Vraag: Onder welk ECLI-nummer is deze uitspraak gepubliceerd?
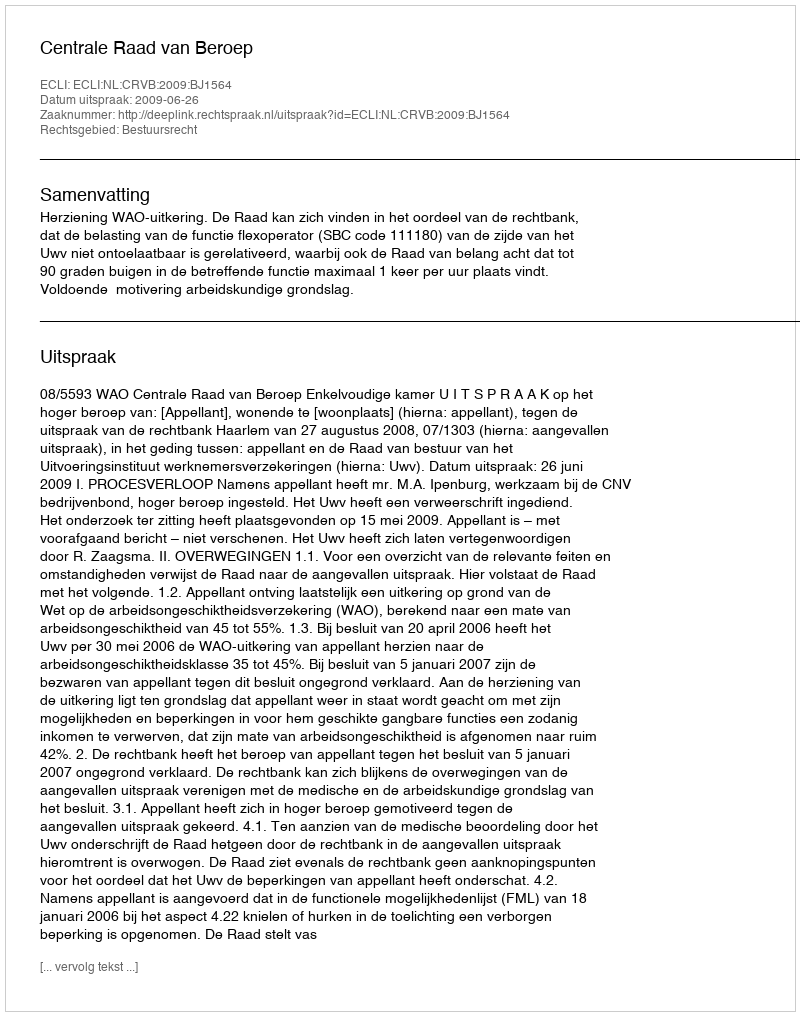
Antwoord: ECLI:NL:CRVB:2009:BJ1564